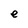
Character: e